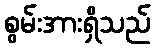
စွမ်းအားရှိသည်